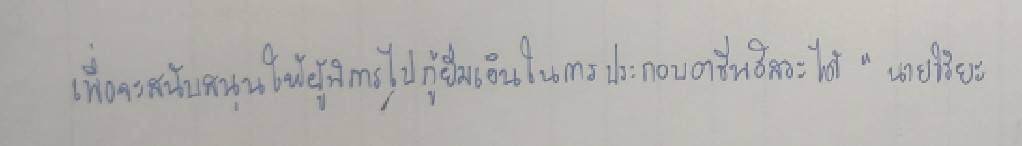
เพื่อจะสนับสนุนให้ผู้พิการไปกู้ยืมเงินในการประกอบอาชีพอิสระได้"นายวิริยะ